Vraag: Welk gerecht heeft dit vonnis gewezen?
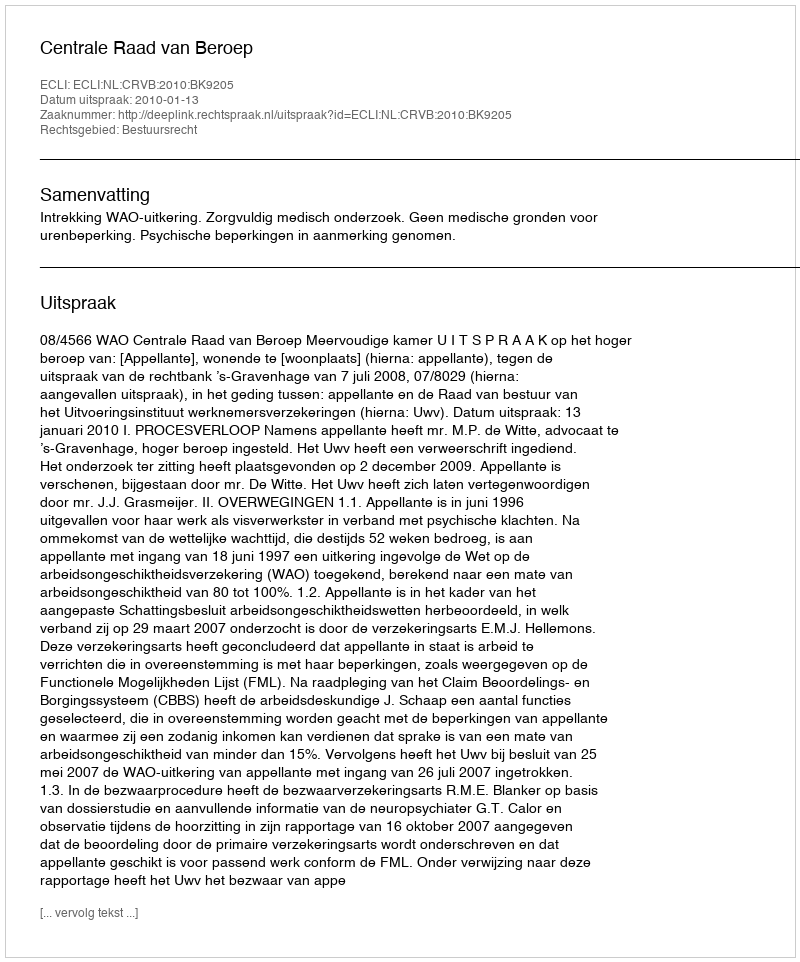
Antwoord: Centrale Raad van Beroep